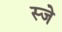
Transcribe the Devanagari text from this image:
स्जे